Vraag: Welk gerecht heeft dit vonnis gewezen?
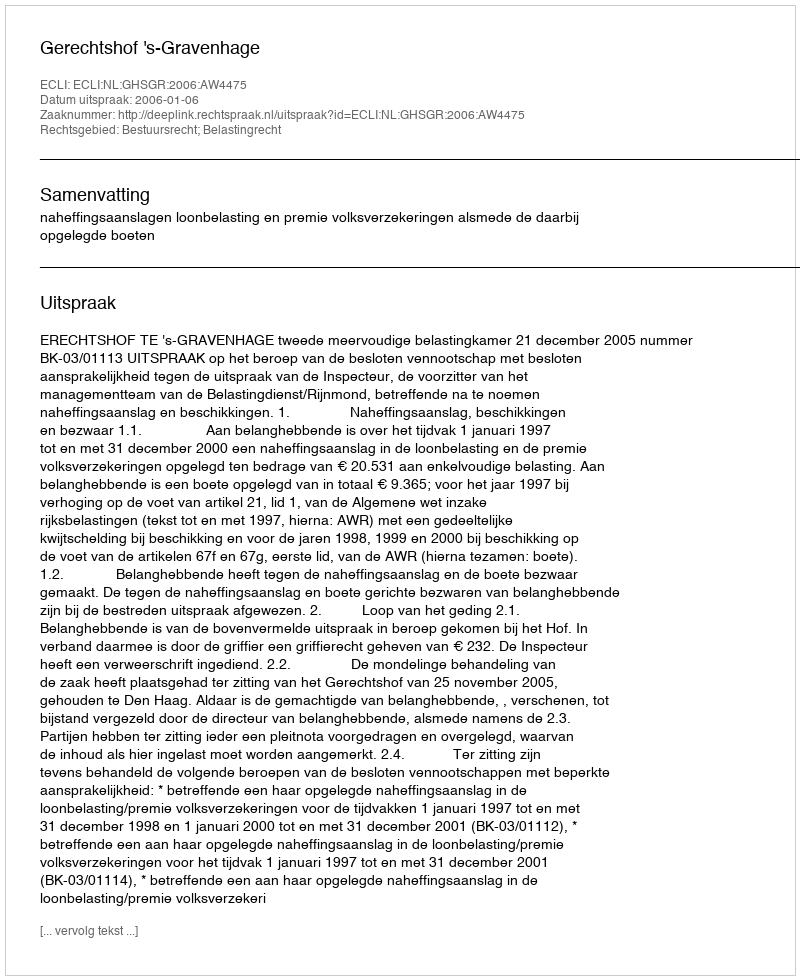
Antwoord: Gerechtshof 's-Gravenhage